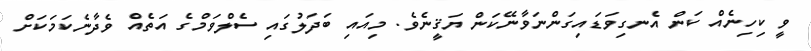
ވީ ކިހިނެއް ކަން އެނގިވަޑައިގަންނަވާނޭކަން ޔަޤީނެވެ. މިއައި ބަދަލުގައި ސެލްވަމްގެ އަތެއް ވެދާނެކަމަކަށް